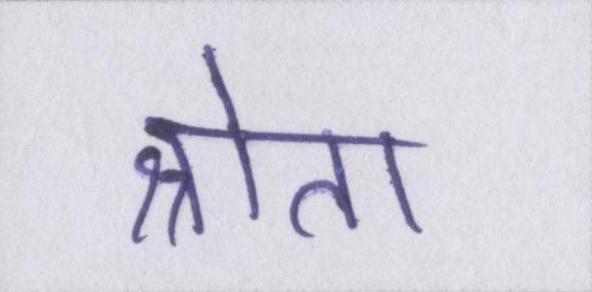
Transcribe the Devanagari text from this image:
श्रोता